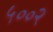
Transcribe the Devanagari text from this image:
५००२